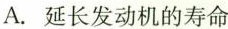
A. 延长发动机的寿命